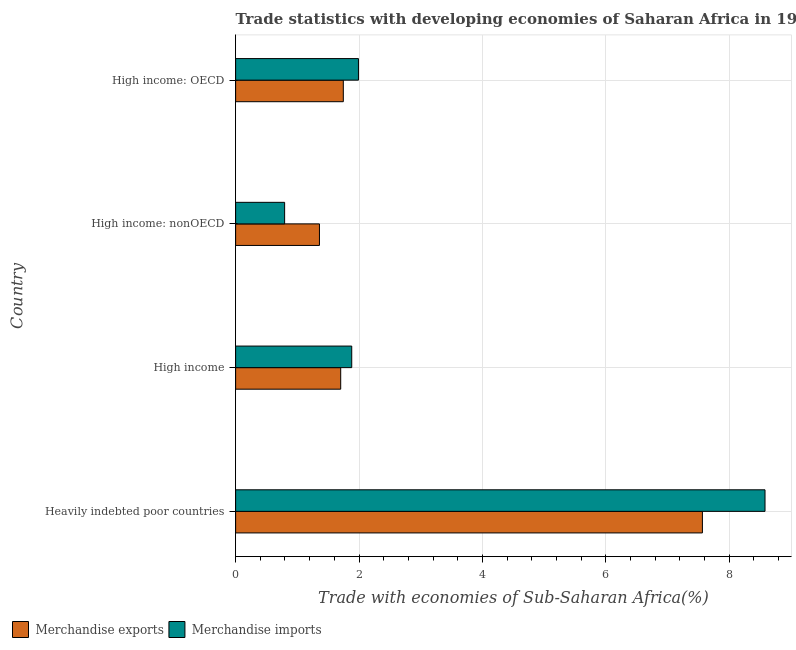
| Country | Merchandise exports | Merchandise imports |
 | --- | --- | --- |
 | Heavily indebted poor countries | 7.56 | 8.58 |
 | High income | 1.7 | 1.88 |
 | High income: nonOECD | 1.36 | 0.794 |
 | High income: OECD | 1.75 | 1.99 |